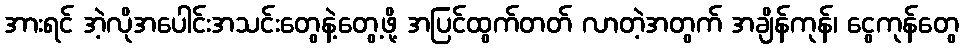
အားရင် အဲ့လိုအပေါင်းအသင်းတွေနဲ့တွေ့ဖို့ အပြင်ထွက်တတ် လာတဲ့အတွက် အချိန်ကုန်၊ ငွေကုန်တွေ